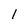
Character: 1